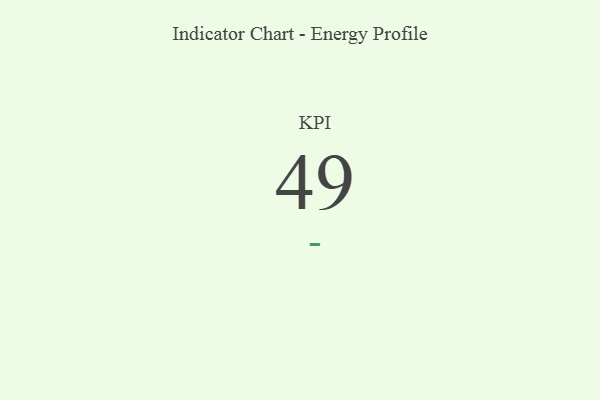
{"axis": {"x": "KPI", "y": "Value"}, "legend": [""], "data": [{"x": "KPI", "y": 49, "type": ""}]}